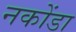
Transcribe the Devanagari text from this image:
नकोंडा